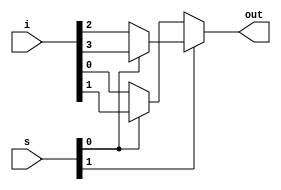
module mux_4_to_1_if_else(
    i, s, out
);
    input [3: 0] i;
    input [1: 0] s;
    output reg out;

    always @(*) begin
        if(s[1]) begin
            if(s[0]) out = i[3]; else out = i[2];
        end
        else begin
            if(s[0]) out = i[1]; else out = i[0];
        end
    end
endmodule